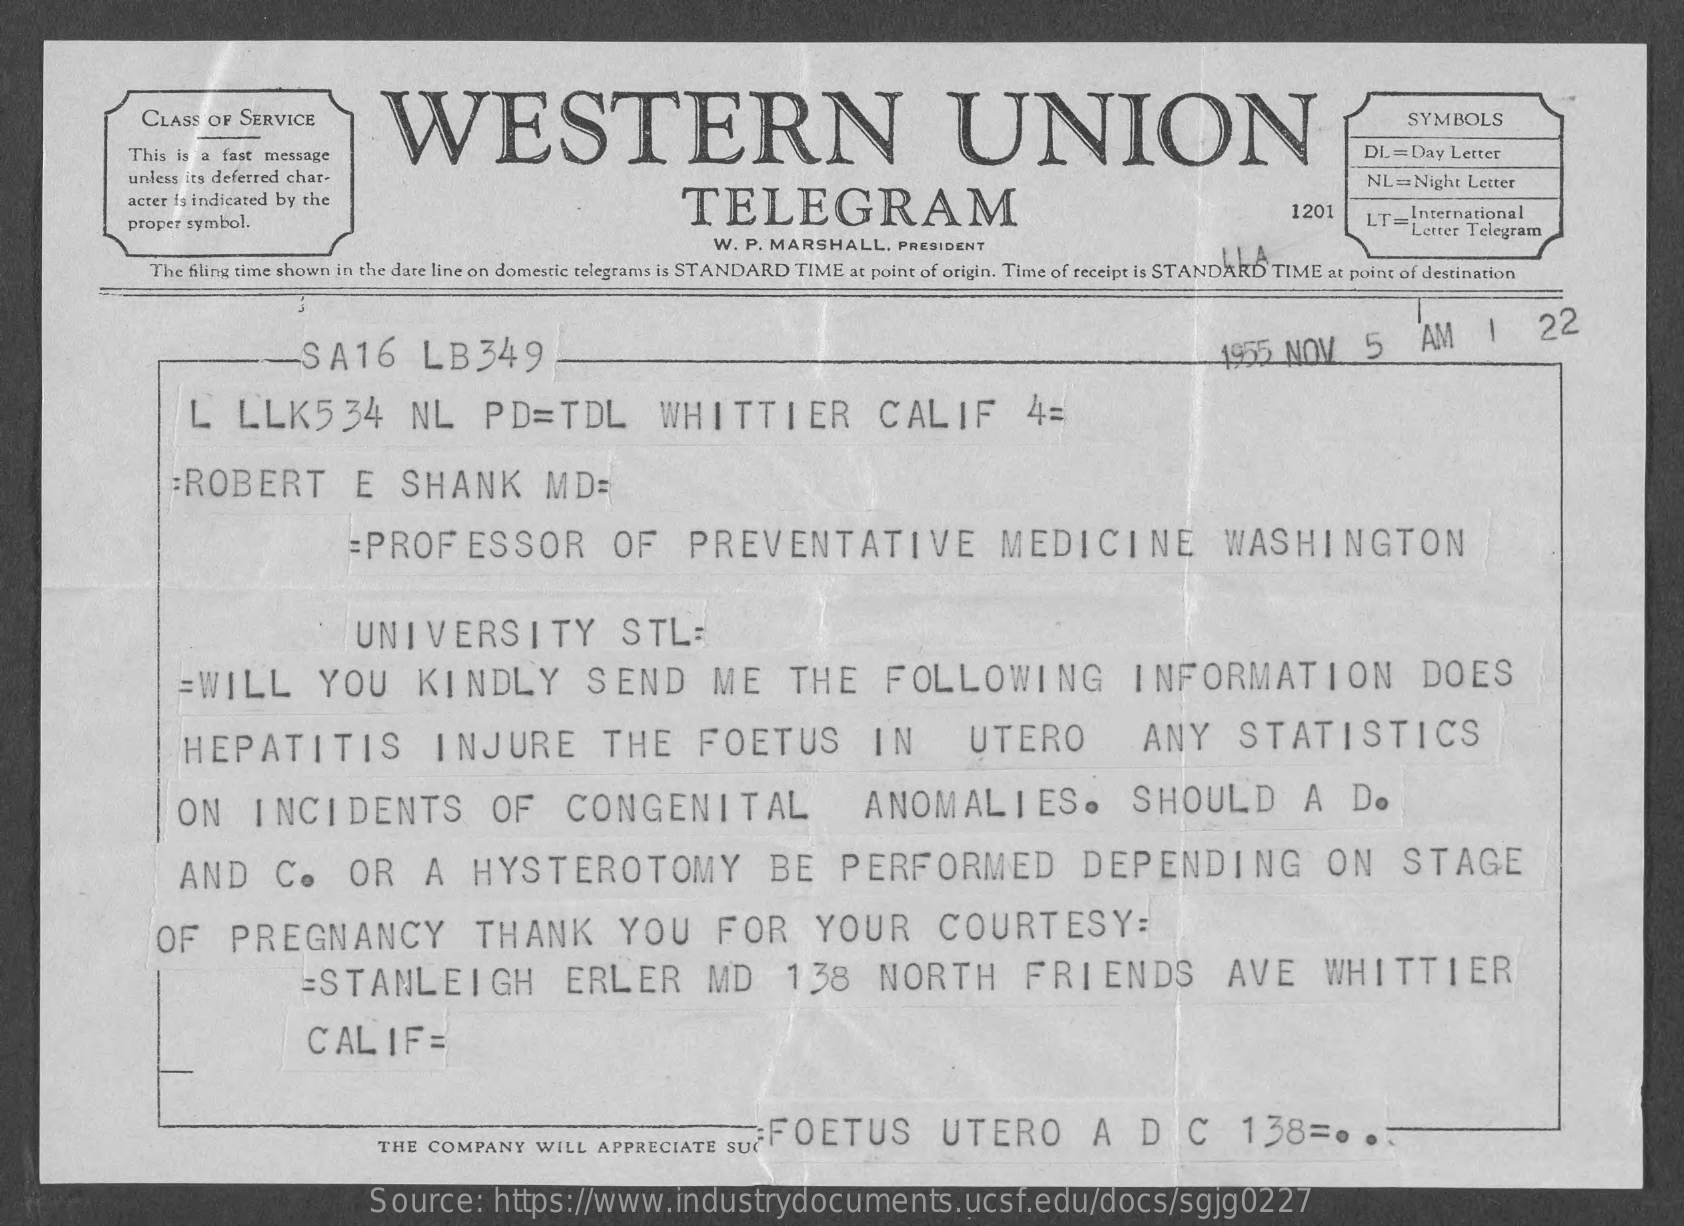
CLASS OF SERVICE    WESTERN    UNION
     SYMBOLS
     This is a fast message    DL=Day  Letter
     unless its deferred char-
     acter Is indicated by the    TELEGRAM
     NL=Night Letter
     proper symbol.
     1201   LT=International
     W. P. MARSHALL,  PRESIDENT
     Letter Telegram
     The filing time shown in the date line on domestic telegrams is STANDARD TIME at point of origin. Time of receipt is STANDARD TIME at point of destination
     .I.LA
     -
     SA16    LB349    1955 NOV    5    AM    22
     L   LLK5    34    NL    PD=TDL    WHITTIER    CALIF    4=
     :ROBERT    E   SHANK    MD=
     =PROFESSOR    OF    PREVENTATIVE    MEDICINE    WASHINGTON
     UNIVERSITY    STL:
     =WILL    YOU    KINDLY    SEND    ME    THE    FOLLOWING    INFORMATION    DOES
     HEPATITIS    INJURE    THE    FOETUS    IN    UTERO    ANY    STATISTICS
     ON    INCIDENTS    OF    CONGENITAL    ANOMALIES.    SHOULD    A   Do
     AND    C.    OR    A   HYSTEROTOMY    BE    PERFORMED    DEPENDING    ON    STAGE
     OF    PREGNANCY    THANK    YOU    FOR    YOUR    COURTESY:
     =STANLEIGH    ERLER    MD    138    NORTH    FRIENDS    AVE    WHITTIER
     CALIF=
     THE COMPANY   WILL  APPRECIATE  SUFFOETUS    UTERO    A   D    C    138=0    .-
     Source:    https://www.industrydocuments.ucsf.edu/docs/sgjg0227